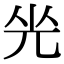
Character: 𠒃